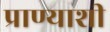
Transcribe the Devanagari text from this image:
प्राण्याशी